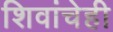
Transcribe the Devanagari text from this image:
शिवांचेही